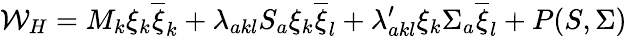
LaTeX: \mathcal{W}_{H}=M_{k}\xi_{k}\overline{{{{\xi}}}}_{k}+\lambda_{akl}S_{a}\xi_{k}\overline{{{{\xi}}}}_{l}+\lambda_{akl}^{\prime}\xi_{k}\Sigma_{a}\overline{{{{\xi}}}}_{l}+P(S,\Sigma)